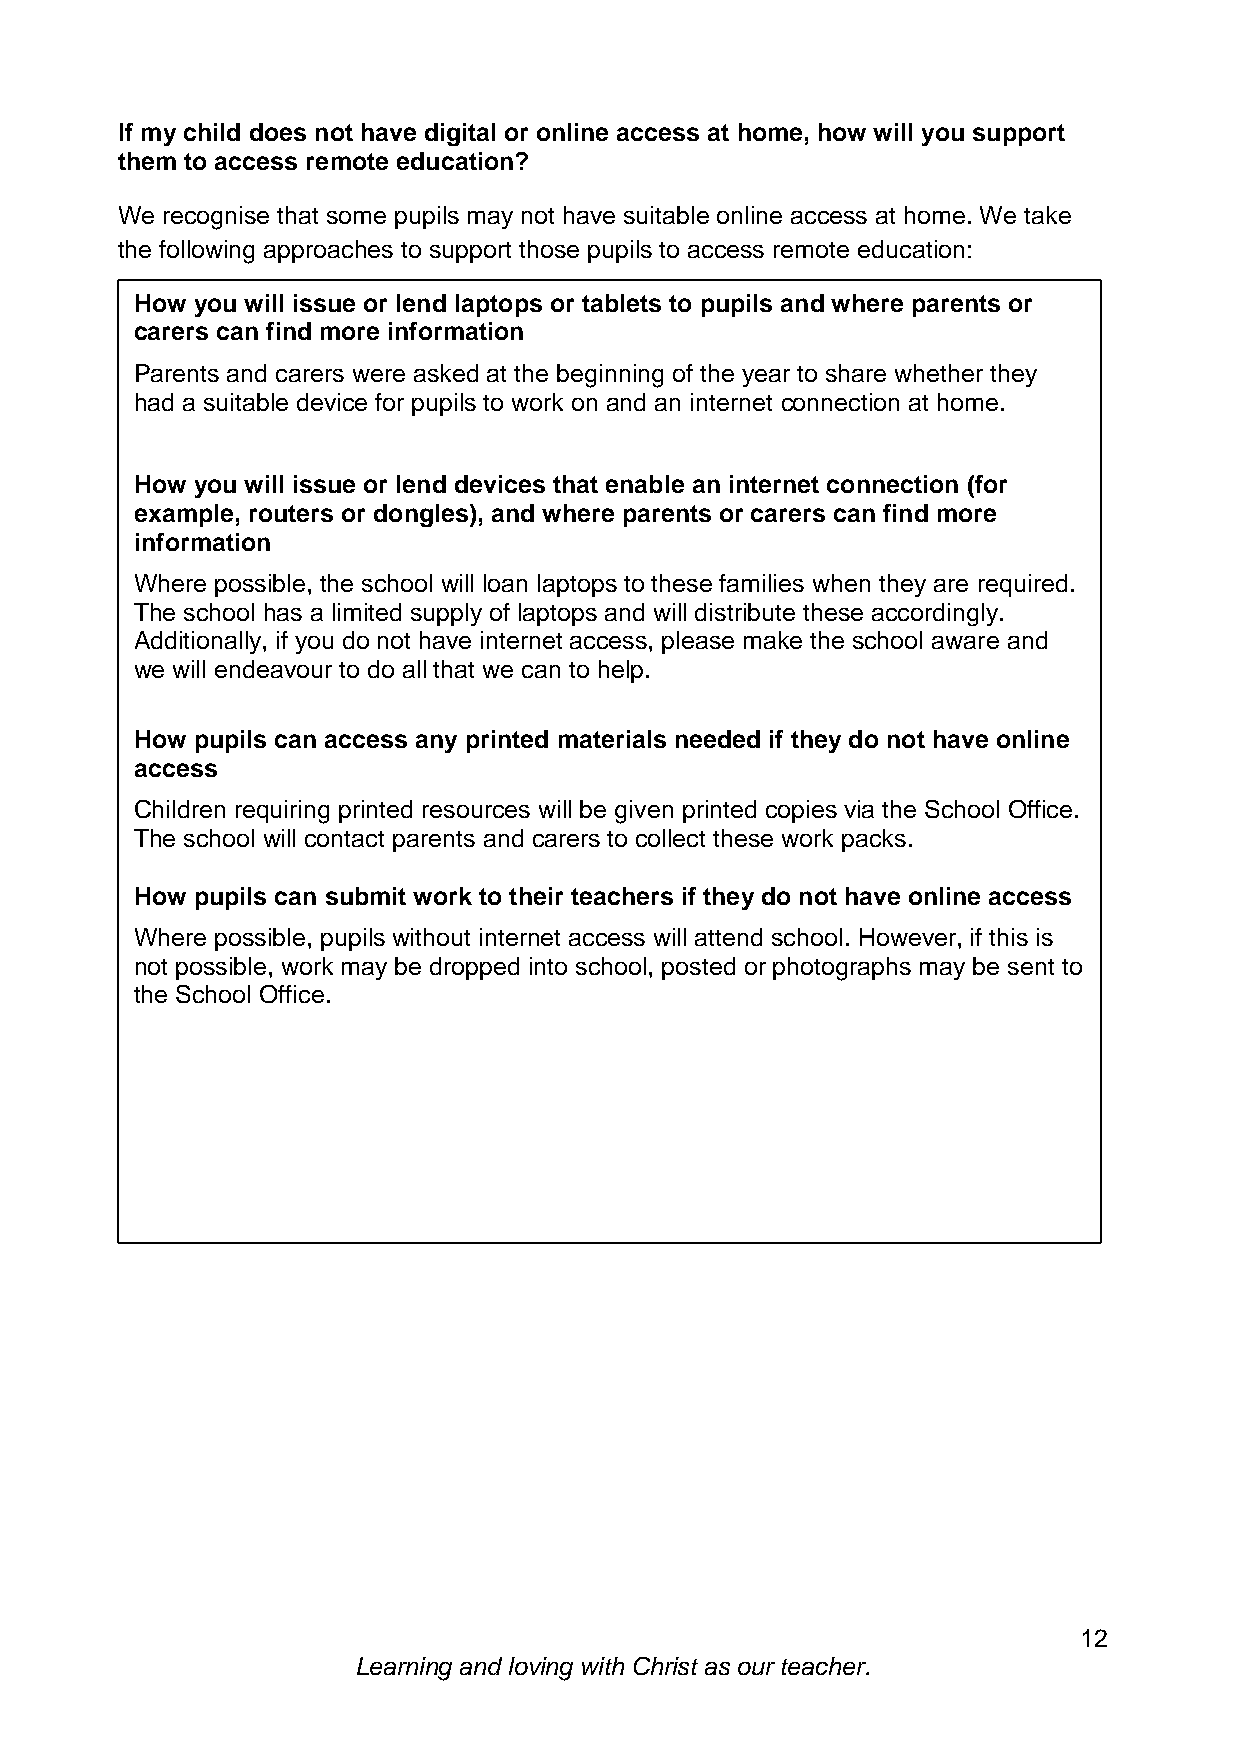
If my child does not have digital or online access at home, how will you support
 them to access remote education?
 We recognise that some pupils may not have suitable online access at home. We take
 the following approaches to support those pupils to access remote education:
 How you will issue or lend laptops or tablets to pupils and where parents or
 carers can find more information
 Parents and carers were asked at the beginning of the year to share whether they
 had a suitable device for pupils to work on and an internet connection at home.
 How you will issue or lend devices that enable an internet connection (for
 example, routers or dongles), and where parents or carers can find more
 information
 Where possible, the school will loan laptops to these families when they are required.
 The school has a limited supply of laptops and will distribute these accordingly.
 Additionally, if you do not have internet access, please make the school aware and
 we will endeavour to do all that we can to help.
 How pupils can access any printed materials needed if they do not have online
 access
 Children requiring printed resources will be given printed copies via the School Office.
 The school will contact parents and carers to collect these work packs.
 
 How pupils can submit work to their teachers if they do not have online access
 Where possible, pupils without internet access will attend school. However, if this is
 not possible, work may be dropped into school, posted or photographs may be sent to
 the School Office.
 12
 Learning and loving with Christ as our teacher.